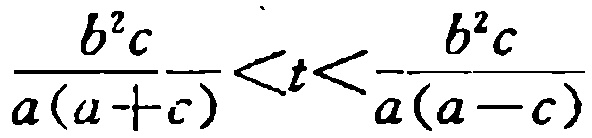
\frac{b^{2}c}{a(a + c)}<t<\frac{b^{2}c}{a(a - c)}